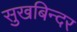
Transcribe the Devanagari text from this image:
सुखबिन्दर